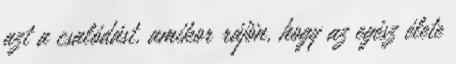
azt a csalódást, amikor rájön, hogy az egész élete